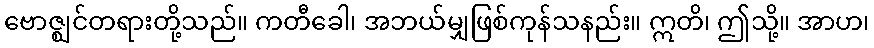
ဗောဇ္ဈင်တရားတို့သည်။ ကတီခေါ၊ အဘယ်မျှဖြစ်ကုန်သနည်း။ ဣတိ၊ ဤသို့။ အာဟ၊